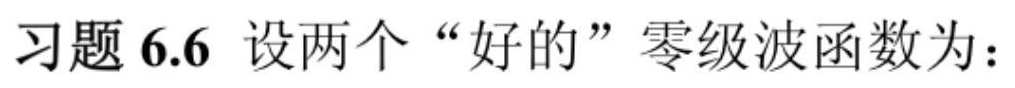
习题 6.6 设两个 “好的” 零级波函数为：